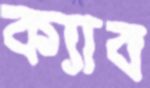
ক্যাব